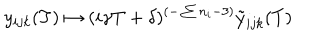
LaTeX: y _ { i j k } ( T ) \mapsto ( i \gamma T + \delta ) ^ { ( - \sum n _ { i } - 3 ) } \tilde { y } _ { i j k } ( T )